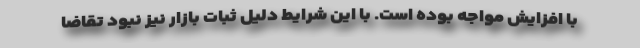
با افزایش مواجه بوده است. با این شرایط دلیل ثبات بازار نیز نبود تقاضا